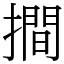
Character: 𢵧